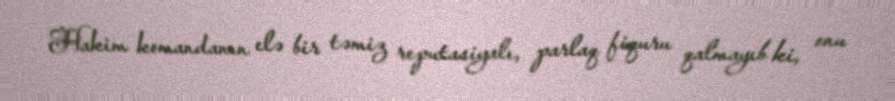
Hakim komandanın elə bir təmiz reputasiyalı, parlaq fiquru qalmayıb ki, onu